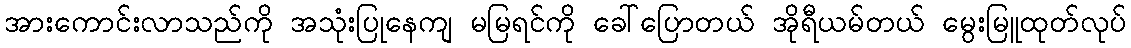
အားကောင်းလာသည်ကို အသုံးပြုနေကျ မမြရင်ကို ခေါ်ပြောတယ် အိုရီယမ်တယ် မွေးမြူထုတ်လုပ်